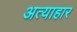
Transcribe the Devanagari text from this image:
अत्याहार